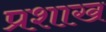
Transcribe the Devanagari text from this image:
प्रशाख